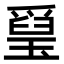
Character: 𤨐